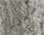
سمرز